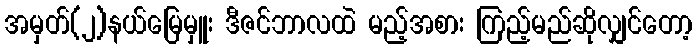
အမှတ်(၂)နယ်မြေမှူး ဒီဇင်ဘာလထဲ မည့်အစား ကြည့်မည်ဆိုလျှင်တော့